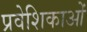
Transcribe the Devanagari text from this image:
प्रवेशिकाओं